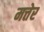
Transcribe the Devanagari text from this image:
मत्तेर